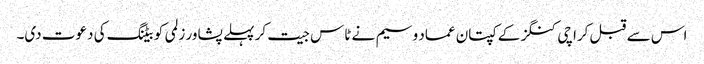
اس سے قبل کراچی کنگز کے کپتان عماد وسیم نے ٹاس جیت کر پہلے پشاور زلمی کو بیٹنگ کی دعوت دی۔